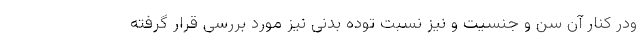
ودر کنار آن سن و جنسیت و نیز نسبت توده بدنی نیز مورد بررسی قرار گرفته